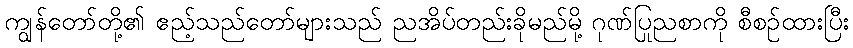
ကျွန်တော်တို့၏ ဧည့်သည်တော်များသည် ညအိပ်တည်းခိုမည်မို့ ဂုဏ်ပြုညစာကို စီစဉ်ထားပြီး